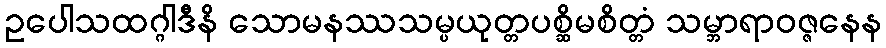
ဥပေါသထဂ္ဂါဒီနိ သောမနဿသမ္ပယုတ္တပစ္ဆိမစိတ္တံ သမ္ဘာရာဝဇ္ဇနေန